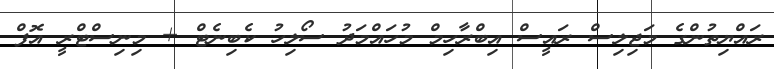
ރައްޔިތުންގެ މަޖިލިސް ރައީސް އިބްރާހިމް މުހައްމަދު ސޯލިހު ކެބިނެޓް + މިނިސްޓްރީ އޮފް